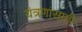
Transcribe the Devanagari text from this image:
यंत्रणांसाठी